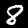
Label: 8